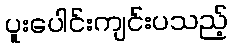
ပူးပေါင်းကျင်းပသည့်